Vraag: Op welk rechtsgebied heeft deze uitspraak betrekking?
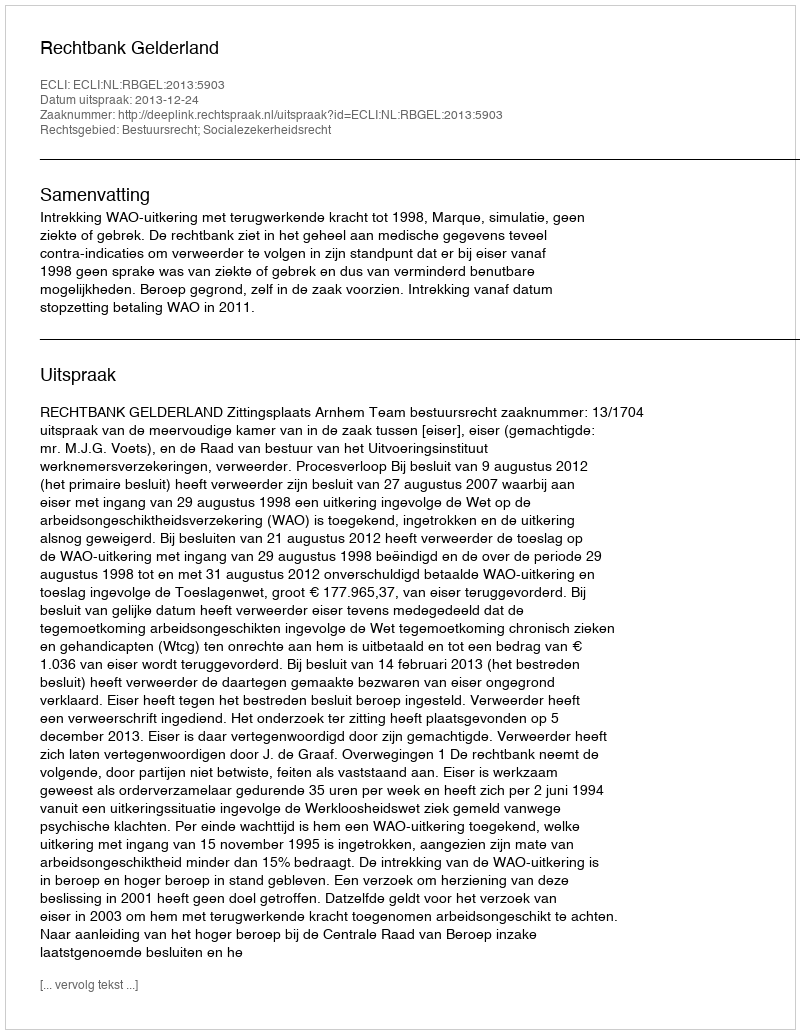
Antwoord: Bestuursrecht; Socialezekerheidsrecht